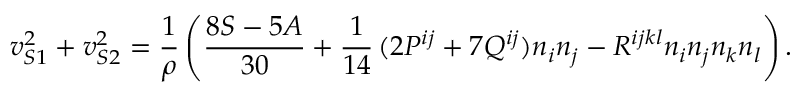
v _ { S 1 } ^ { 2 } + v _ { S 2 } ^ { 2 } = \frac 1 { \rho } \left( \frac { 8 S - 5 A } { 3 0 } + \frac 1 { 1 4 } \, ( 2 P ^ { i j } + 7 Q ^ { i j } ) n _ { i } n _ { j } - R ^ { i j k l } n _ { i } n _ { j } n _ { k } n _ { l } \right) .